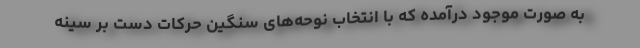
به صورت موجود درآمده که با انتخاب نوحه‌های سنگین حرکات دست بر سینه